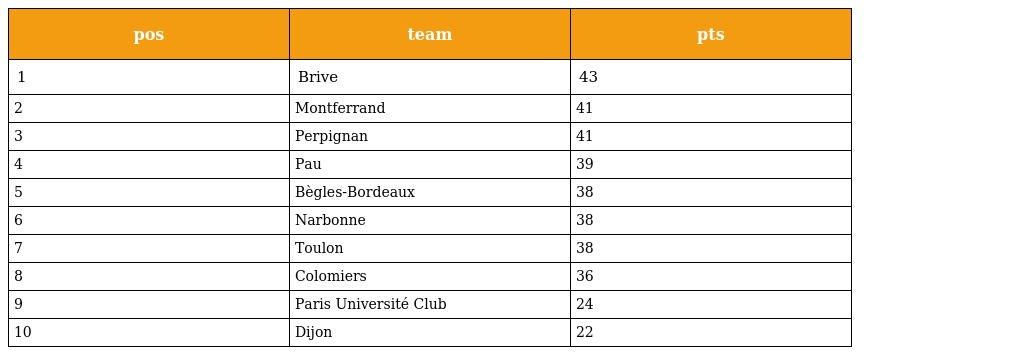
| pos | team | pts |
 | --- | --- | --- |
 | 1 | Brive | 43 |
 | 2 | Montferrand | 41 |
 | 3 | Perpignan | 41 |
 | 4 | Pau | 39 |
 | 5 | Bègles-Bordeaux | 38 |
 | 6 | Narbonne | 38 |
 | 7 | Toulon | 38 |
 | 8 | Colomiers | 36 |
 | 9 | Paris Université Club | 24 |
 | 10 | Dijon | 22 |